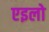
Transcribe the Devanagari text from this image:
एइलो